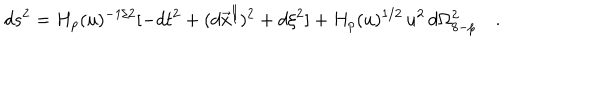
d s ^ { 2 } = H _ { p } ( u ) ^ { - 1 / 2 } [ - d t ^ { 2 } + ( d { { \vec { x } } ^ { \parallel } } ) ^ { 2 } + d \xi ^ { 2 } ] + H _ { p } ( u ) ^ { 1 / 2 } \, u ^ { 2 } \, d \Omega _ { 8 - p } ^ { 2 } \quad .